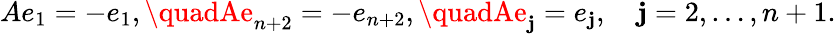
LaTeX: Ae_{1}=-e_{1},\quadAe_{n+2}=-e_{n+2},\quadAe_{\mathbf{j}}=e_{\mathbf{j}},\quad\mathbf{j}=2,\ldots,n+1.